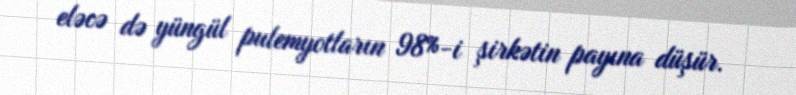
eləcə də yüngül pulemyotların 98%-i şirkətin payına düşür.